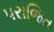
પરાજિત